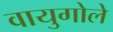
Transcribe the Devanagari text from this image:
वायुगोले